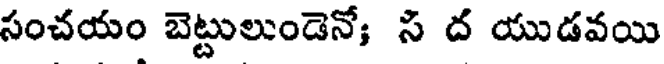
సంచయం బెట్టులుండెనో; స ద యుడవయి